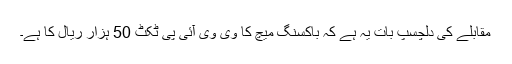
مقابلے کی دلچسپ بات یہ ہے کہ باکسنگ میچ کا وی وی آئی پی ٹکٹ 50 ہزار ریال کا ہے۔